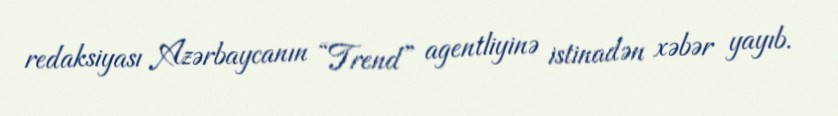
redaksiyası Azərbaycanın “Trend” agentliyinə istinadən xəbər yayıb.